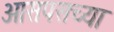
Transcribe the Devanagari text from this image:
आसपसच्या